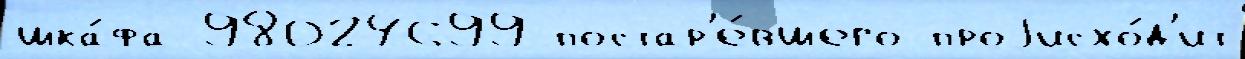
шка́фа 98024699 постар'е́вшего проjисхо́д'ит